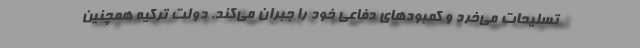
تسلیحات می‌خرد و کمبودهای دفاعی خود را جبران می‌کند. دولت ترکیه همچنین